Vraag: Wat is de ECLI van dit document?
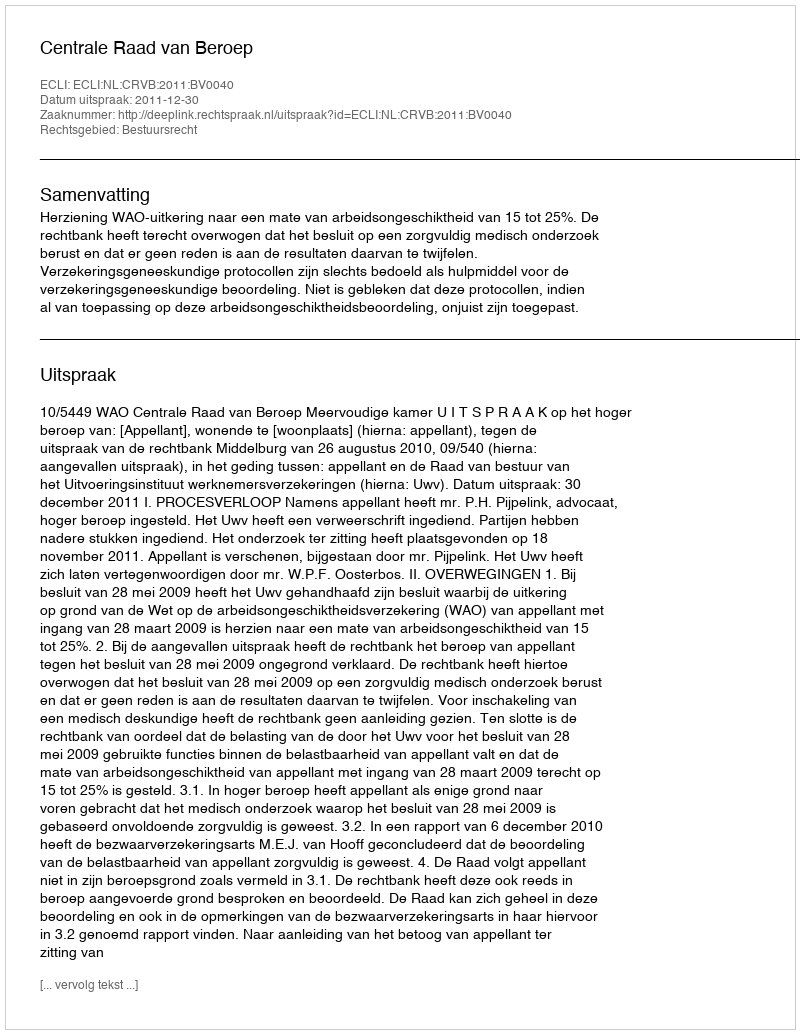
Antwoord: ECLI:NL:CRVB:2011:BV0040